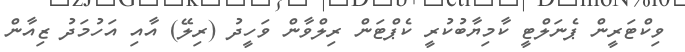
ވިކްޓަރީން ޕެނަލްޓީ ކާމިޔާބުކުރީ ކެޕްޓަން ރިލްވާން ވަހީދު (ރިލޭ) އާއި އަހުމަދު ޒިއާން